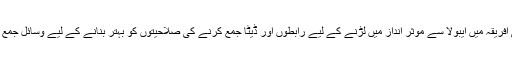
آج ہم مغربی افریقہ میں ایبولا سے موثر انداز میں لڑنے کے لیے رابطوں اور ڈیٹا جمع کرنے کی صلاحیتوں کو بہتر بنانے کے لیے وسائل جمع کررہے ہیں۔